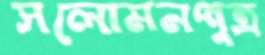
সলোমনপুত্র